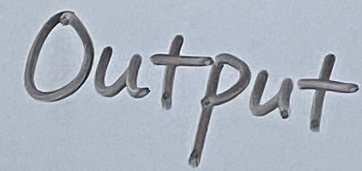
Text: Output